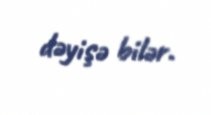
dəyişə bilər.